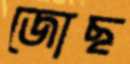
জোছ